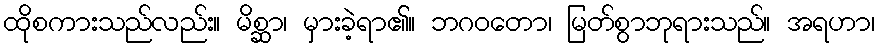
ထိုစကားသည်လည်း။ မိစ္ဆာ၊ မှားခဲ့ရာ၏။ ဘဂဝတော၊ မြတ်စွာဘုရားသည်။ အရဟာ၊